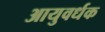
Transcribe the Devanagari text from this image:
आयुवर्धक